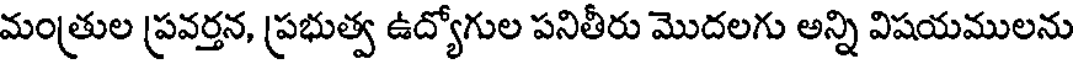
మంత్రుల ప్రవర్తన, ప్రభుత్వ ఉద్యోగుల పనితీరు మొదలగు అన్ని విషయములను